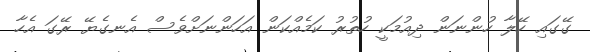
ގޭގައި ހޭލާ ހުންނަން ދިއުމަކީ ހުތުރު ކަމެއްކަން އަހަންނަށްވެސް އެނގެޔޭ ރޭގަ އެހާ